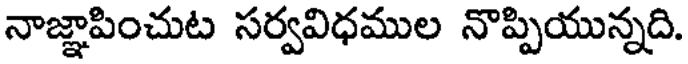
నాజ్ఞాపించుట సర్వవిధముల నొప్పియున్నది.